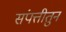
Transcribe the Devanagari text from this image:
संपत्तीतुन